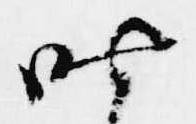
昨